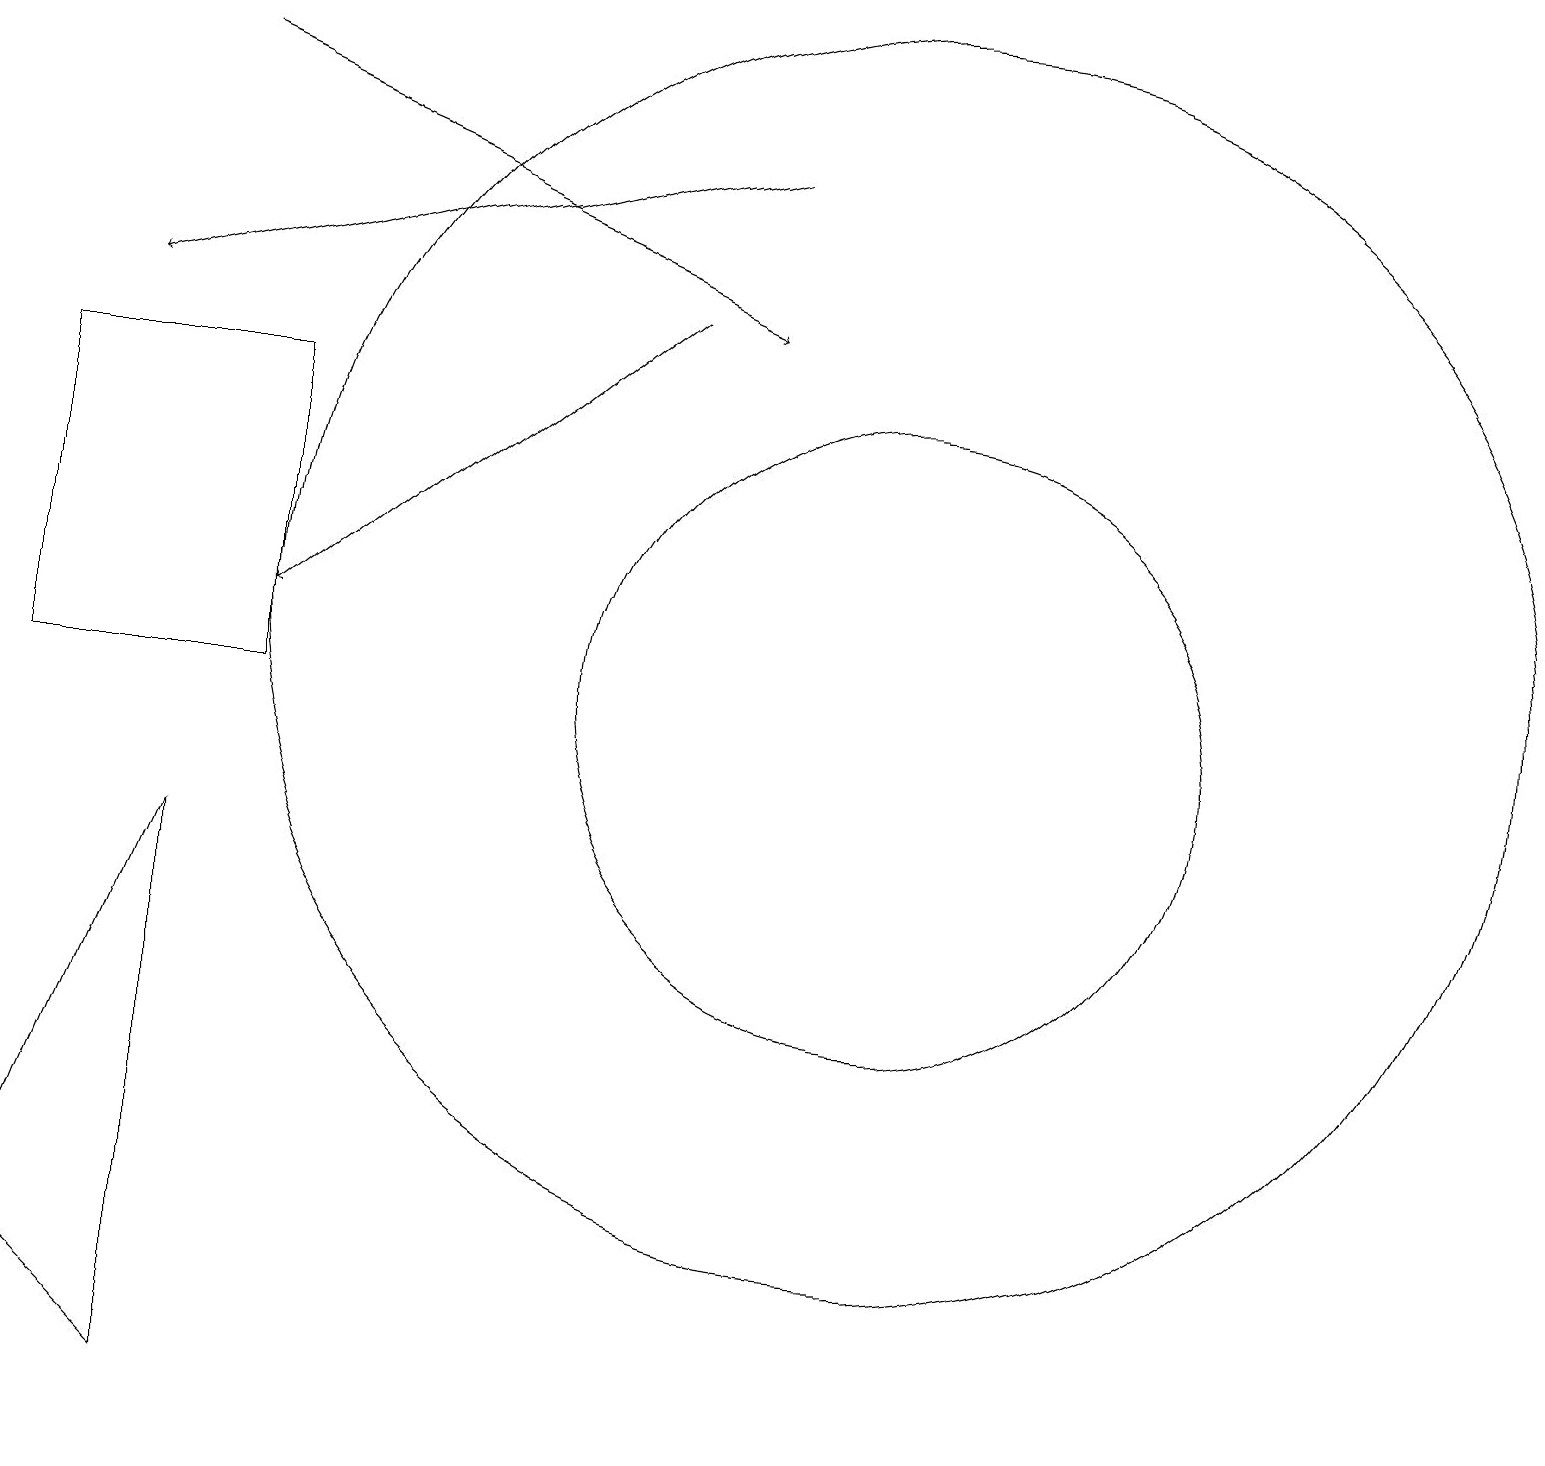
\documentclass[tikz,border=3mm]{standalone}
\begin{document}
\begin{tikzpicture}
\draw (11,11) circle (8);
\draw (11,10) circle (4);
\draw (2,1) -- (0,3) -- (2,8) -- cycle;
\draw[->] (9,17) -- (1,15);
\draw[->] (8,15) -- (3,11);
\draw[->] (2,18) -- (9,15);
\draw (3,10) rectangle (0,14);
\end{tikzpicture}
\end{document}